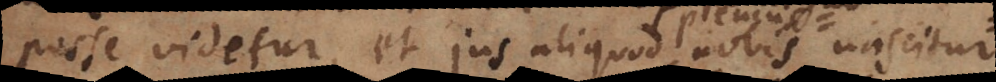
posse videtur, et jus aliquod nobis nascitur.